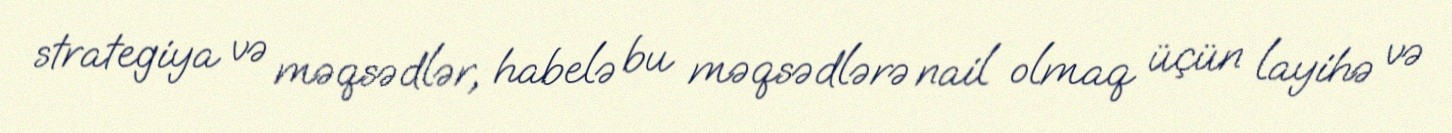
strategiya və məqsədlər, habelə bu məqsədlərə nail olmaq üçün layihə və